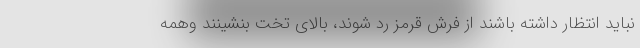
نباید انتظار داشته باشند از فرش قرمز رد شوند، بالای تخت بنشینند وهمه